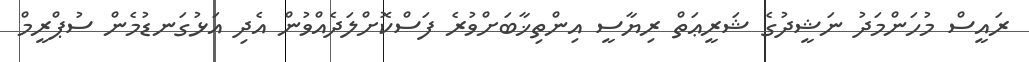
ރައީސް މުހަންމަދު ނަޝީދުގެ ޝަރީޢަތް ރިޔާސީ އިންތިޚާބަށްވުރެ ފަސްކޮށްލަދެއްވުން އެދި އަޅުގަނޑުމެން ސުޕްރީމް